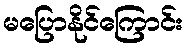
မပြောနိုင်ကြောင်း